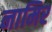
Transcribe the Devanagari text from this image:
नामिर